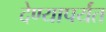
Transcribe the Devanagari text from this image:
देण्यापर्यंत